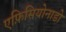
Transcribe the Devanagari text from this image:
एफ़िसियोनाडो